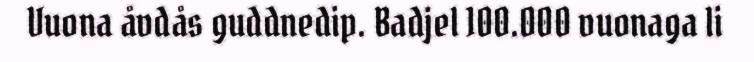
Vuona åvdås guddnedip. Badjel 100.000 vuonaga li